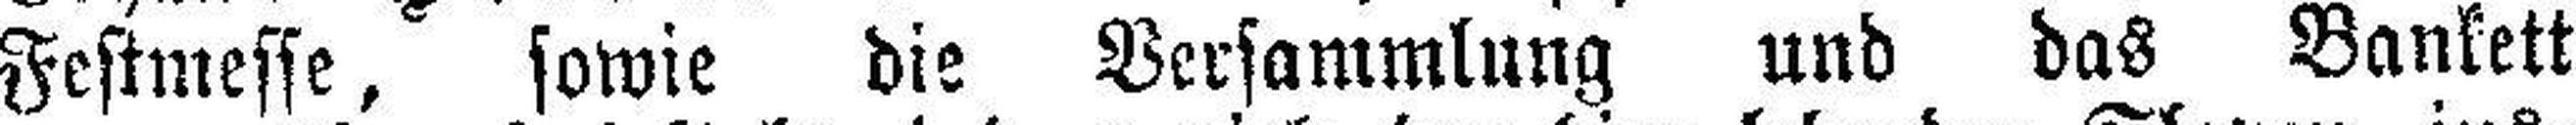
Festmesse, sowie die Versammlung und das Bankett